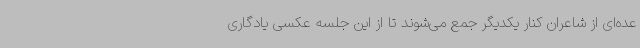
عده‌ای از شاعران کنار یکدیگر جمع می‌شوند تا از این جلسه عکسی یادگاری